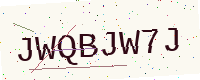
Text: JWQBJW7J